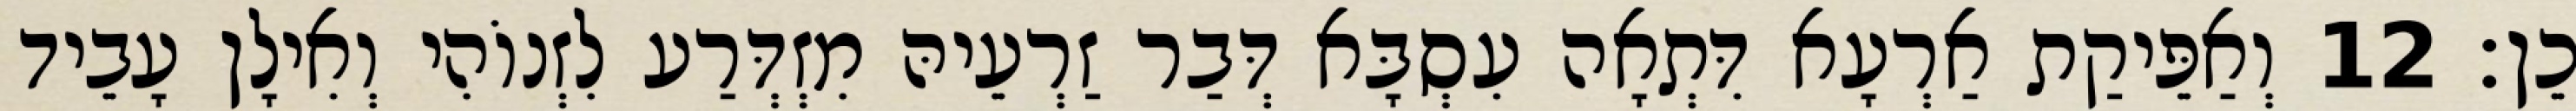
כֵן׃ 12 וְאַפֵּיקַת אַרְעָא דִּתְאָה עִסְבָּא דְּבַר זַרְעֵיהּ מִזְדְּרַע לִזְנוֹהִי וְאִילָן עָבֵיד